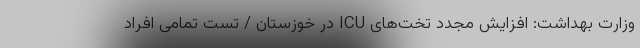
وزارت بهداشت: افزایش مجدد تخت‌های ICU در خوزستان / تست تمامی افراد